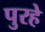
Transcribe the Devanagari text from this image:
पुरहे